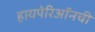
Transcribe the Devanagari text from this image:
हायपेरिऑनची